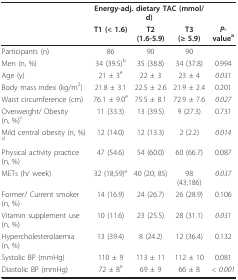
|  | <COLSPAN=3> Energy-adj. dietary TAC (mmol/d) |  |
 |  | T1 (< 1.6) | T2 (1.6-5.9) | T3 (≥ 5.9) | P-valuea |
 | --- | --- | --- | --- | --- |
 | Participants (n) | 86 | 90 | 90 |  |
 | Men (n, %) | 34 (39.5)b | 35 (38.8) | 34 (37.8) | 0.994 |
 | Age (y) | 21 ± 3e | 22 ± 3 | 23 ± 4 | 0.031 |
 | Body mass index (kg/m2) | 21.8 ± 3.1 | 22.5 ± 2.6 | 21.9 ± 2.4 | 0.201 |
 | Waist circumference (cm) | 76.1 ± 9.0e | 75.5 ± 8.1 | 72.9 ± 7.6 | 0.027 |
 | Overweight/ Obesity (n, %)c | 11 (33.3) | 13 (39.5) | 9 (27.3) | 0.731 |
 | Mild central obesity (n, %)d | 12 (14.0) | 12 (13.3) | 2 (2.2) | 0.014 |
 | Physical activity practice (n, %) | 47 (54.6) | 54 (60.0) | 60 (66.7) | 0.087 |
 | METs (h/ week) | 32 (18;59)e | 40 (20; 85) | 98 (43;186) | 0.037 |
 | Former/ Current smoker (n, %) | 14 (16.9) | 24 (26.7) | 26 (28.9) | 0.106 |
 | Vitamin supplement use (n, %) | 10 (11.6) | 23 (25.5) | 28 (31.1) | 0.031 |
 | Hypercholesterolaemia (n, %) | 13 (39.4) | 8 (24.2) | 12 (36.4) | 0.132 |
 | Systolic BP (mmHg) | 110 ± 9 | 113 ± 11 | 112 ± 10 | 0.081 |
 | Diastolic BP (mmHg) | 72 ± 8e | 69 ± 9 | 66 ± 8 | < 0.001 |